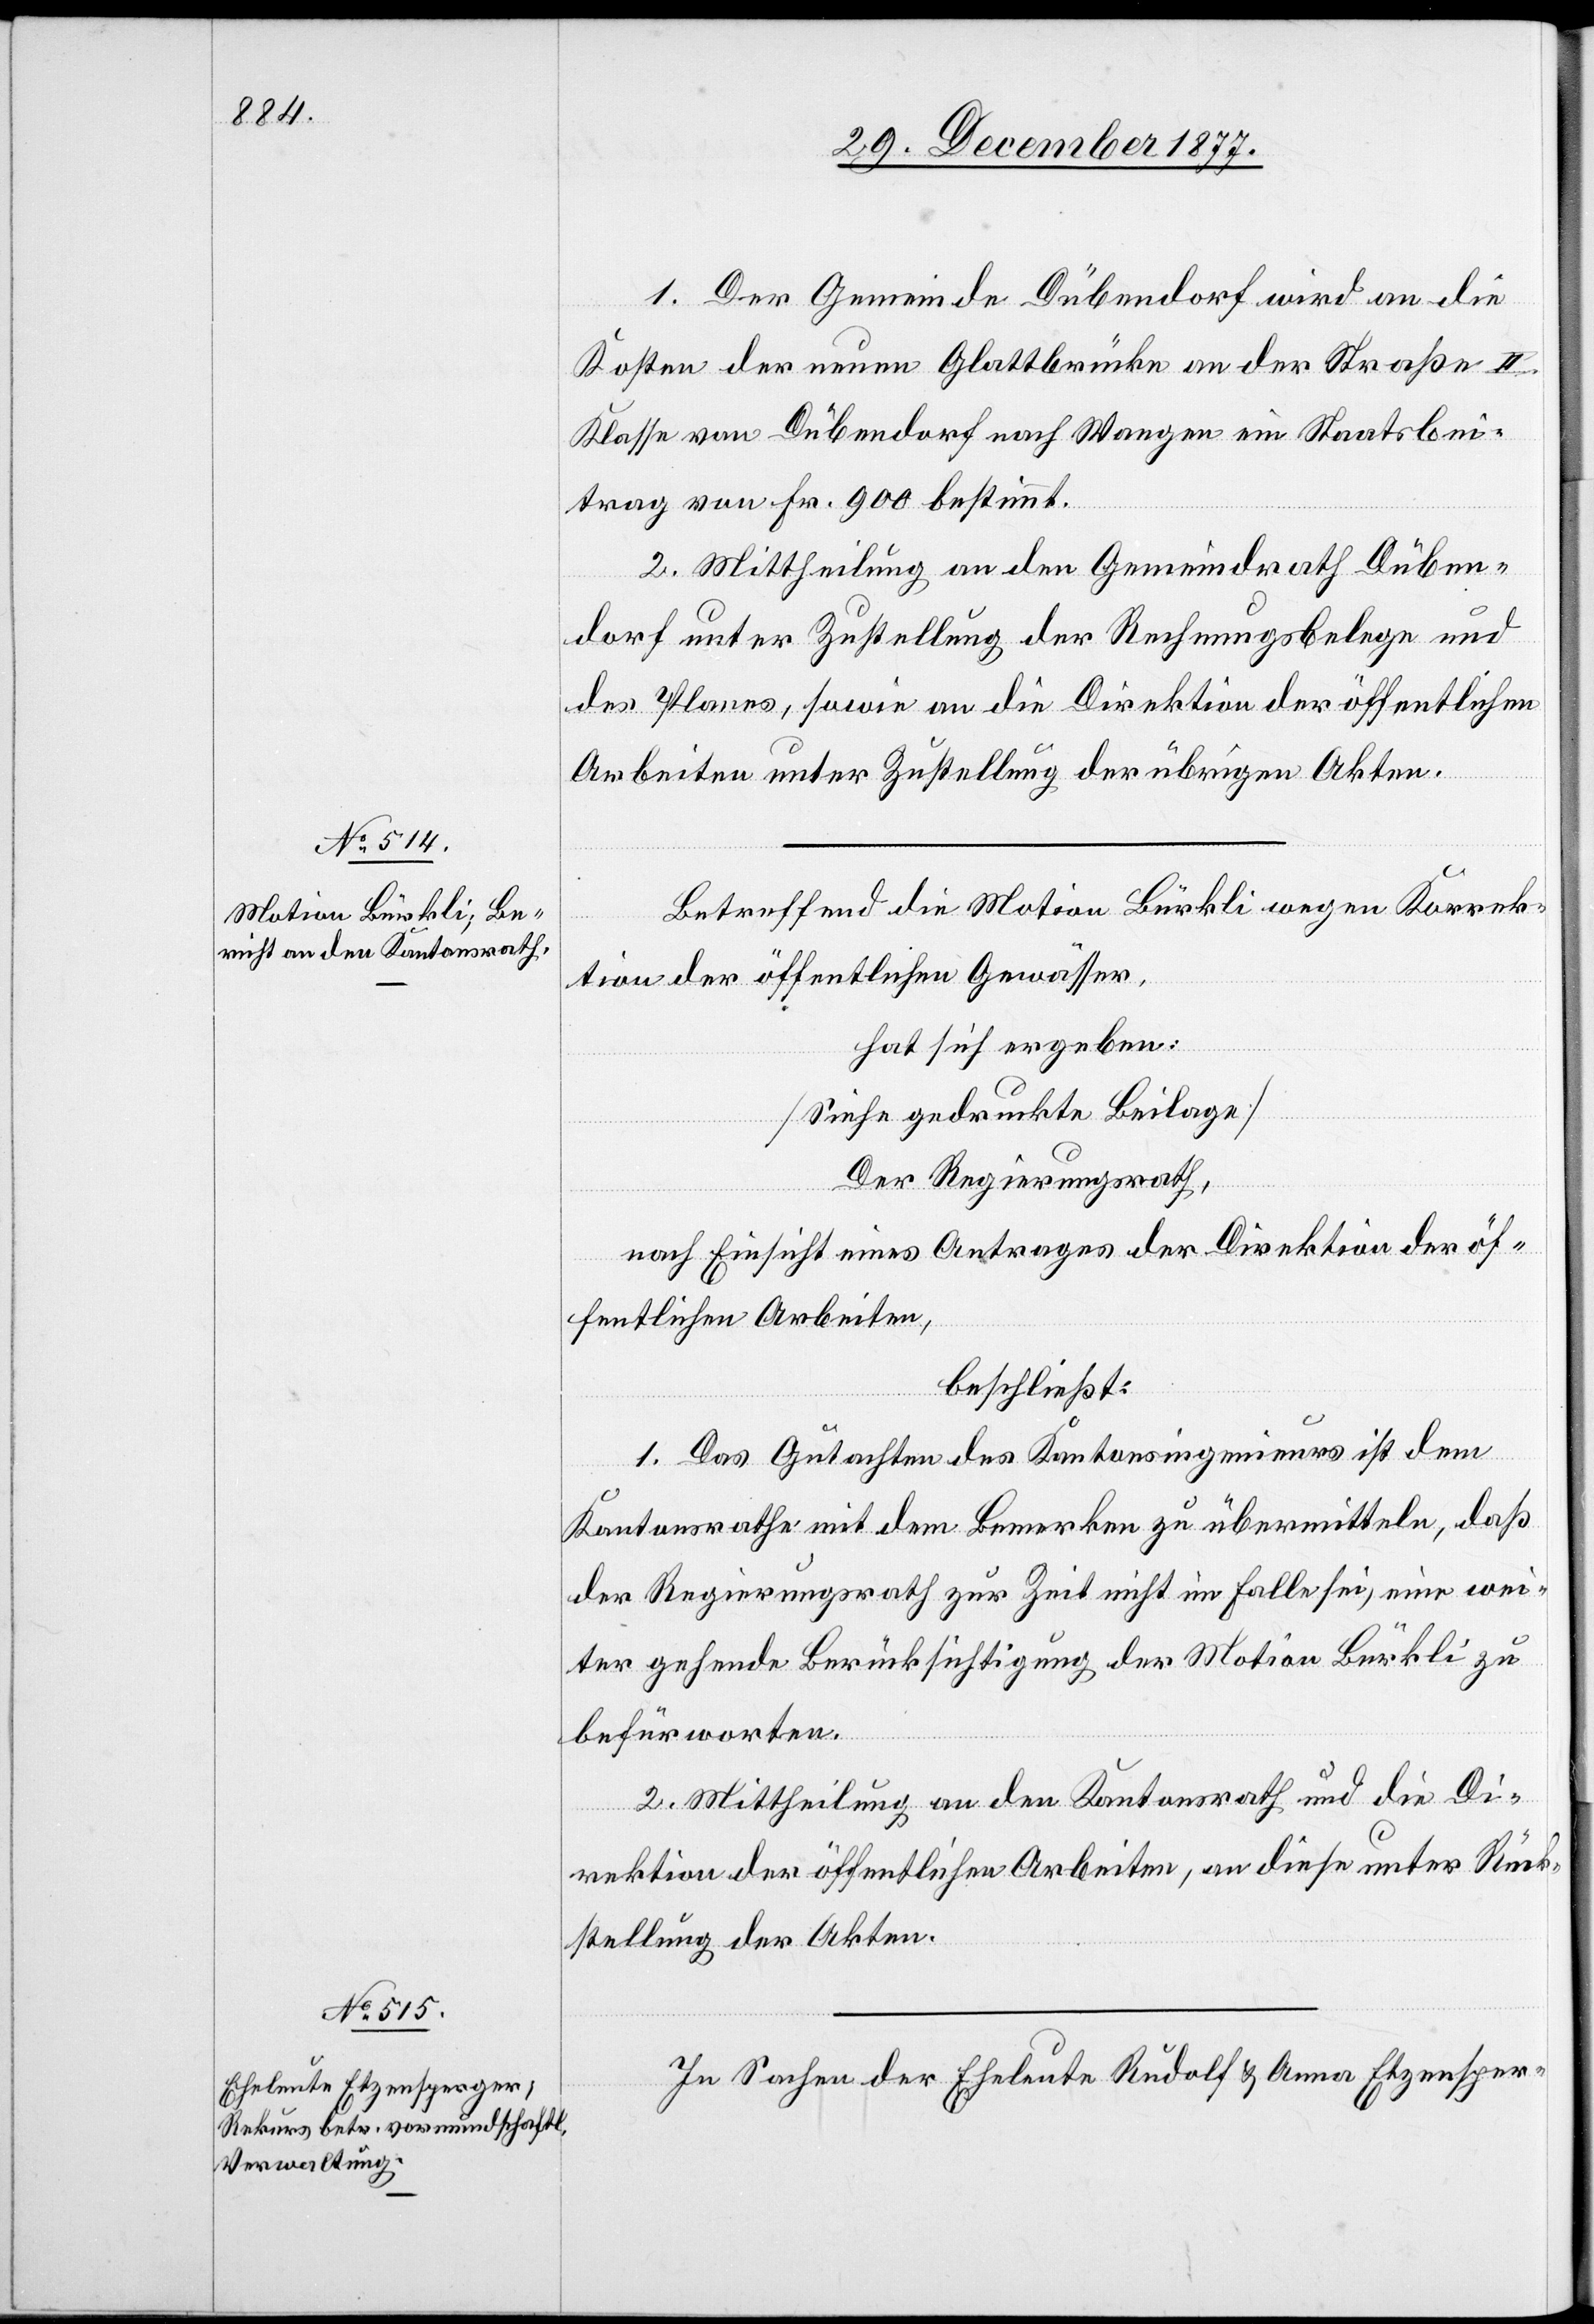
1. Der Gemeinde Dübendorf wird an die
Kosten der neuen Glattbrücke an der Straße II.
Klasse von Dübendorf nach Wangen ein Staatsbei¬
trag von Fr. 900 bestimmt.
2. Mittheilung an den Gemeindrath Düben¬
dorf unter Zustellung der Rechnungsbelege und
des Planes, sowie an die Direktion der öffentlichen
Arbeiten unter Zustellung der übrigen Akten.
Betreffend die Motion Bürkli wegen Korrek¬
tion der öffentlichen Gewässer,
hat sich ergeben:
[Siehe gedruckte Beilage]
Der Regierungsrath,
nach Einsicht eines Antrages der Direktion der öf¬
fentlichen Arbeiten,
beschließt:
1. Das Gutachten des Kantonsingenieurs ist dem
Kantonsrathe mit dem Bemerken zu übermitteln, daß
der Regierungsrath zur Zeit nicht im Falle sei, eine wei¬
ter gehende Berücksichtigung der Motion Bürkli zu
befürworten.
2. Mittheilung an den Kantonsrath und die Di¬
rektion der öffentlichen Arbeiten, an diese unter Rück¬
stellung der Akten.
In Sachen der Eheleute Rudolf & Anna Etzensper-